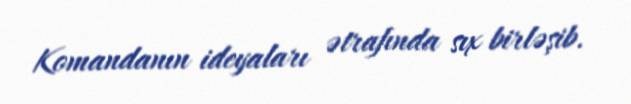
Komandanın ideyaları ətrafında sıx birləşib.